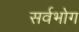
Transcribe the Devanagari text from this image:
सर्वभोग